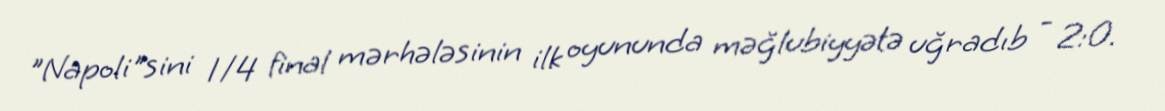
"Napoli"sini 1/4 final mərhələsinin ilk oyununda məğlubiyyətə uğradıb - 2:0.